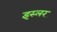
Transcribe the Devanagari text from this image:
इस्लर